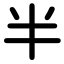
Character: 半